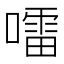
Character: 𡀂